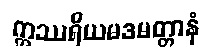
ဣဿရိယမဒမတ္တာနံ